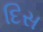
દિસ